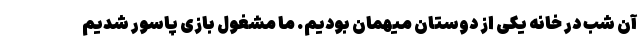
آن شب در خانه یکی از دوستان میهمان بودیم. ما مشغول بازی پاسور شدیم